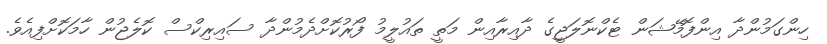
ހިންގަމުންދާ އިންފޮމޭޝަން ޓެކްނޮލަޖީގެ ދާއިރާއިން މަތީ ތައުލީމު ފޯރުކޮށްދެމުންދާ ސައިރިކްސް ކޮލެޖުން ހާމަކޮށްފިއެވެ.